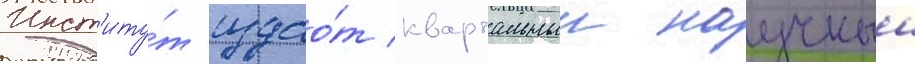
Инст'иту́т издао́т квартальныи научныи